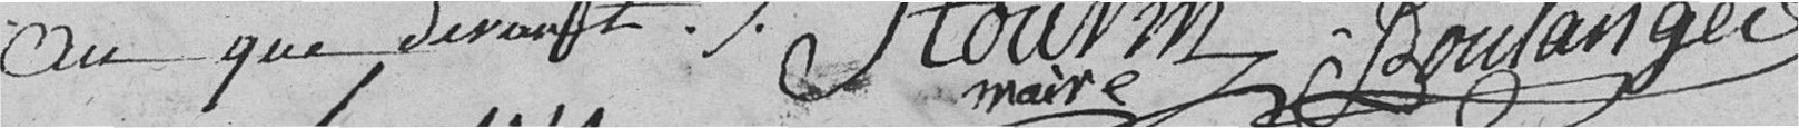
an que devant.   Stourm, maire.   Boulanger